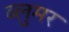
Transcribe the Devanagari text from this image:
ब्लुमर